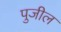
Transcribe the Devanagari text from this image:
पुजील